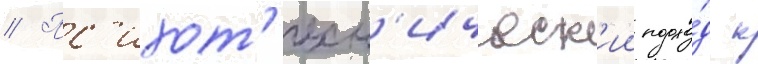
// Пс'ихот'ехн'ическ'ии подхо́д к